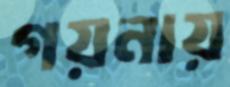
গয়নায়